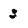
Character: 3